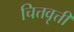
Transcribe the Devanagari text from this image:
चित्तवृत्ती